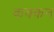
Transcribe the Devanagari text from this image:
कक्कन